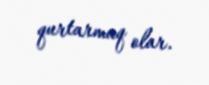
qurtarmaq olar.